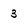
Character: 3